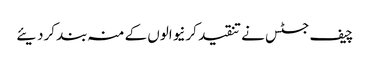
چیف جسٹس نے تنقید کرنیوالوں کے منہ بند کردیئے